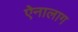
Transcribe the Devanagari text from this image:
ऐनालाग